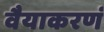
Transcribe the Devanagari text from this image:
वैयाकरणं